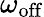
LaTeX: \omega_{\mathrm{off}}